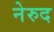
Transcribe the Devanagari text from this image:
नेरुद